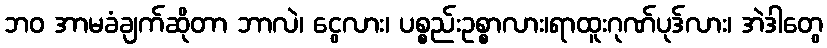
ဘဝ အာမခံချက်ဆိုတာ ဘာလဲ၊ ငွေလား၊ ပစ္စည်းဥစ္စာလား၊ရာထူးဂုဏ်ပုဒ်လား၊ အဲဒါတွေ